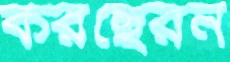
করছেরন